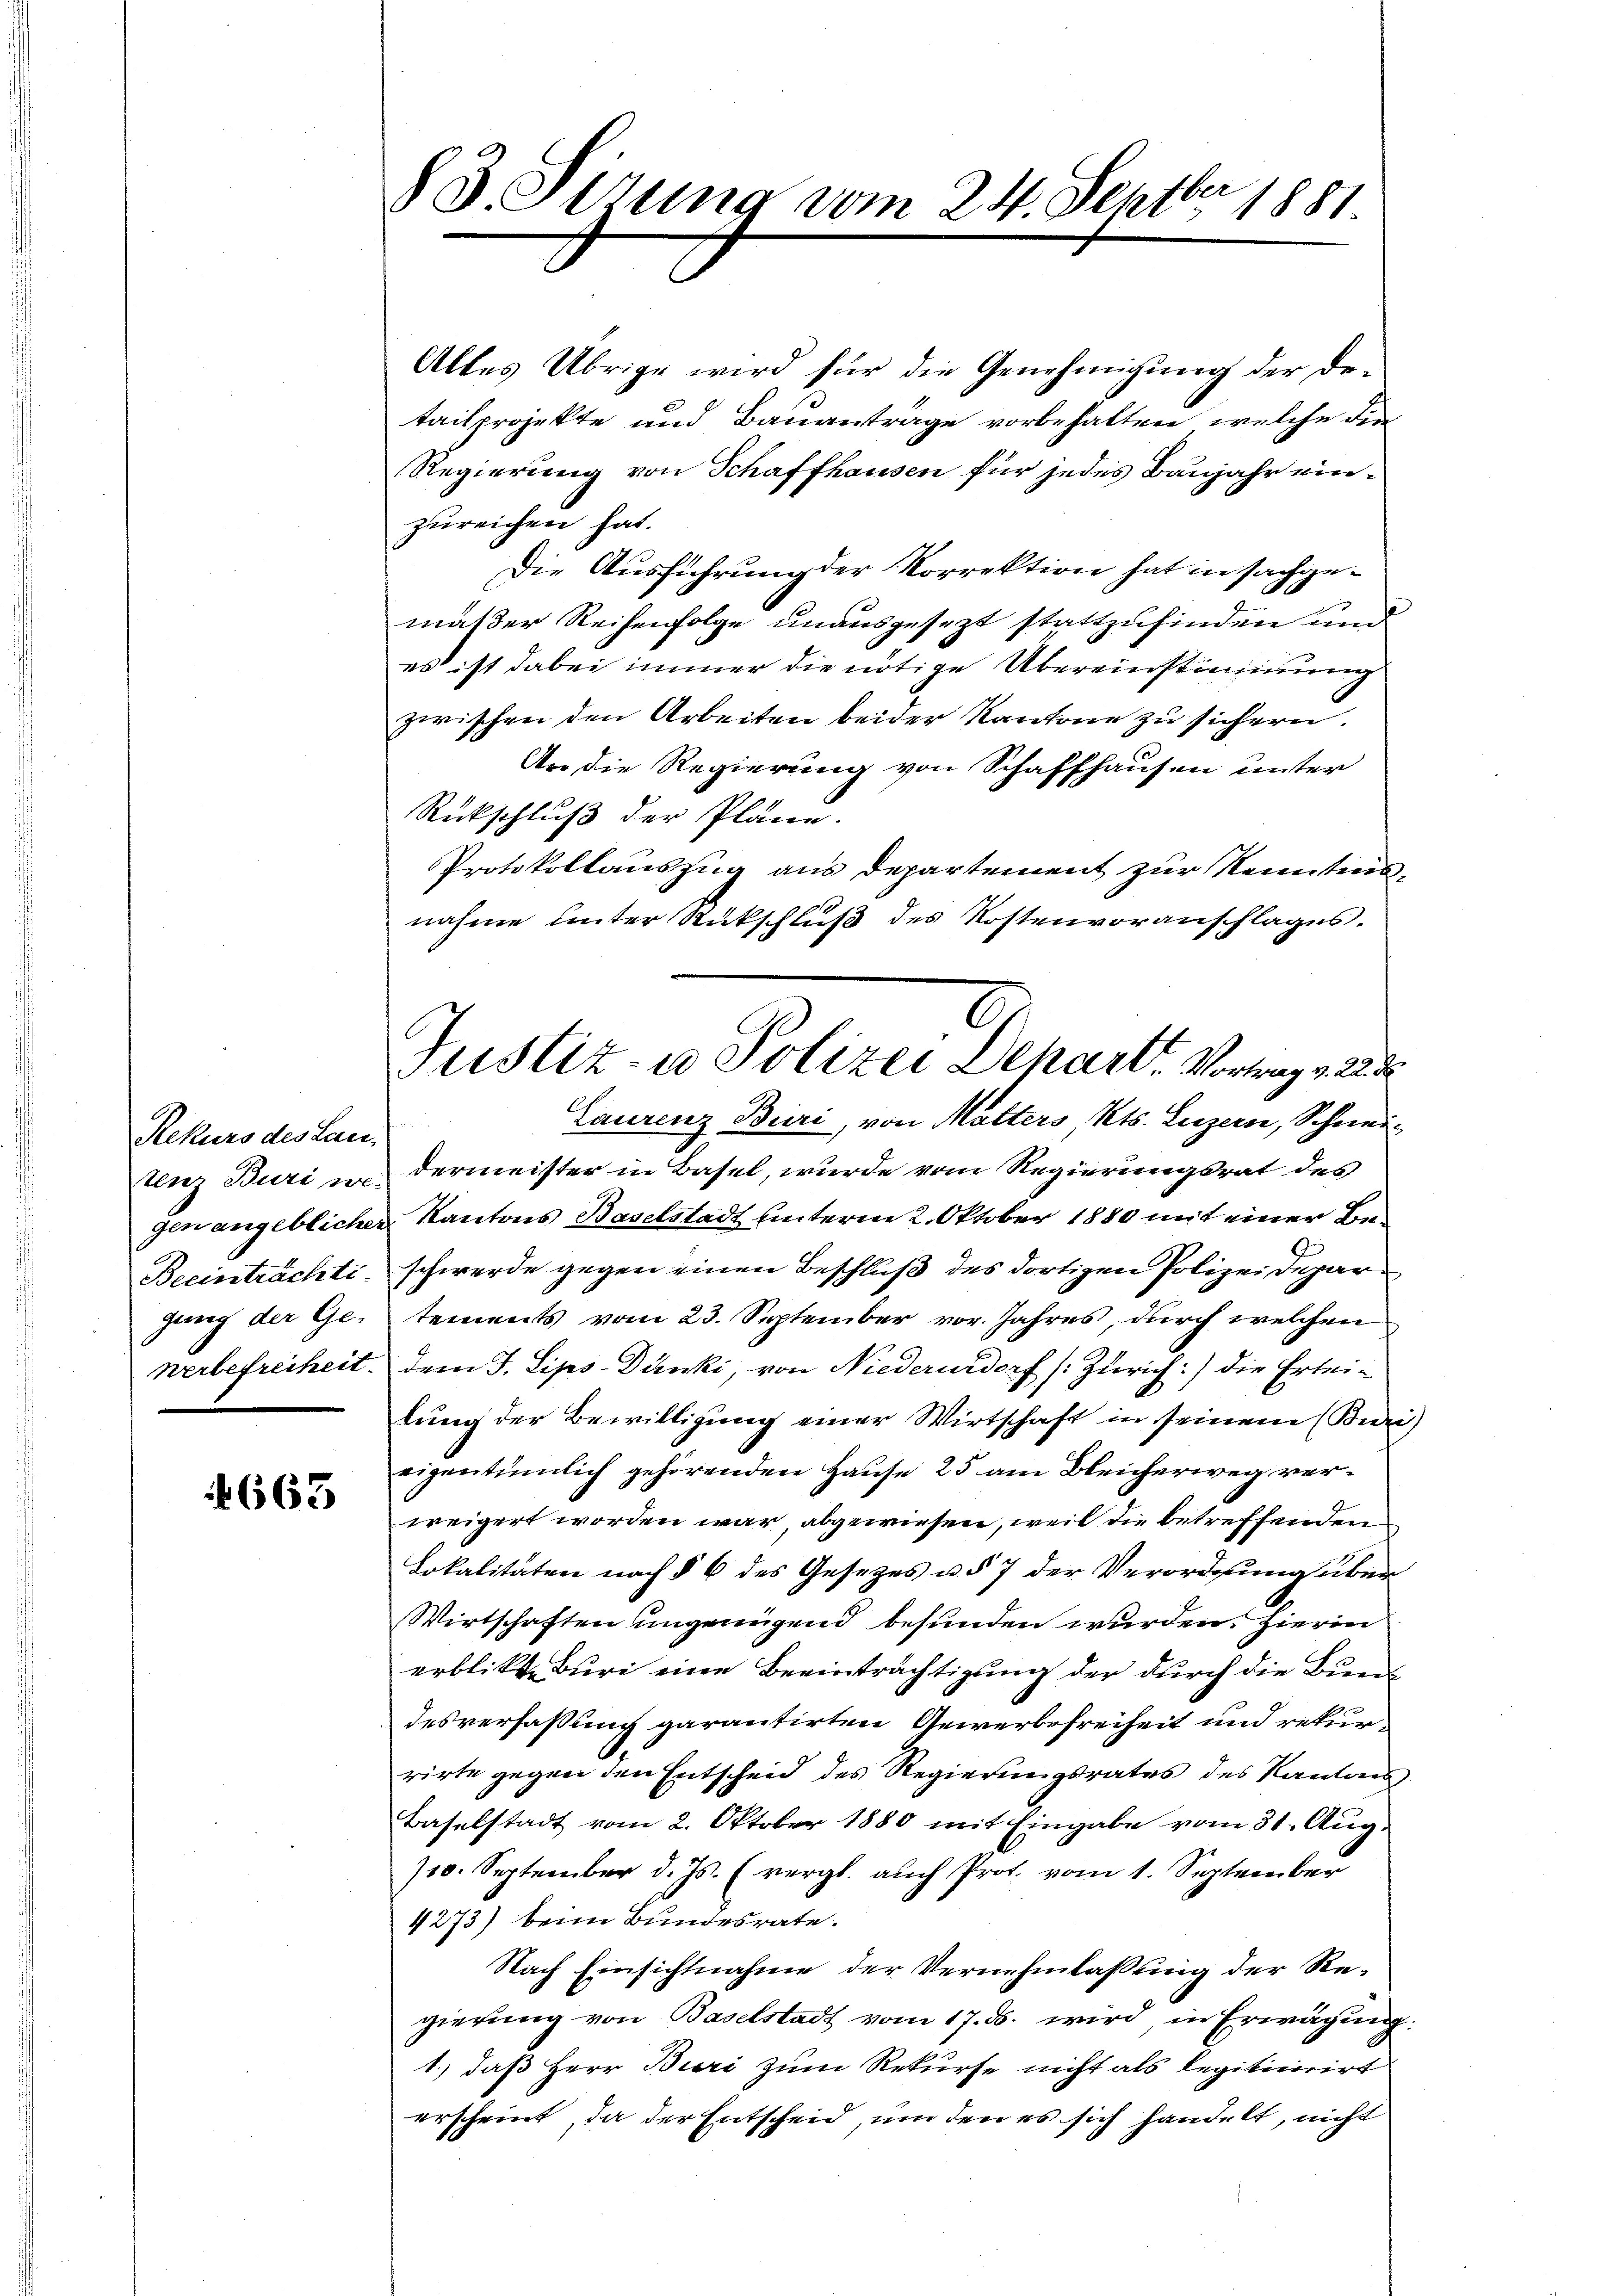
Rekurs des Lan¬
Beeinträchte.
gung der Ge-

4663

§3.Ottung vom 24. Septbr. 1881

G
Justiz- u Polizei Depart. Vortrag v. 22. 2

Alles Übrige wird für die Genehmigung der Detailprojekte und Bauantrage vorbehalten, welche die
Regierung von Schaffhausen für jedes Baujahr einzureichen hat.
Die Ausführung der Korrektion hat in sachgemäßer Reihenfolge unausgesezt stattzufinden und
es ist dabei immer die nötige Übereinstimmung
zwischen den Arbeiten beider Kantone zu sichern.
An die Regierung von Schaffhausen unter
Rückschluß der Pläne.
Protokollauszug aus Departement zur Kenntnisnahme unter Rückschluß des Kostenvoranschlages.
Laurenz Buri, von Malters Kts. Luzern, Schneitenz Buri wo dermeister in Basel, wurde vom Regierungsrat des
gen angeblicher Kantons Baselstadt unterm 2. Oktober 1880 mit einer Beschwerde gegen einen Beschluß des dortigen Polizei Departements vom 23. September vor. Jahres, durch welchen
werbefreiheit dem J. Lips Dünki, von Niederurdorf [Zürich) die Erleilung der Bewilligung einer Wirtschaft in seinem (Buri
eigentümlich gehörenden Hause 25 am Bleicherweg verweigert worden war abgewiesen, weil die betreffenden
Lokalitäten nach § 6 des Gesezes u. § 7 der Verordnung über
Wirtschaften ungenügend befunden wurden. Hierin
erblickt. Buri eine Beeinträchtigung der durch die Buendesverfassung garantirten Gewerbsfreiheit und rekurrirte gegen den Entscheid des Regierungsrates des Kantons
Baselstadt vom 2. Oktober 1880 mit Eingabe vom 31. Aug.
710. September d. Js. (vergl. auch Prot. vom 1. September
4273) beim Bundesrate.
Nach Einsichtnahme der Vernehmlassung der Regierung von Baselstadt vom 17. ds. wird in Erwägung.
1.) daß Herr Buri zum Rekurse nicht als legitimirt
erscheint, da der Entscheid, um den es sich handelt, nicht